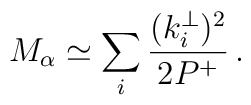
M_\alpha \simeq \sum_i \frac{(k^\perp_i)^2}{2P^+}\,.